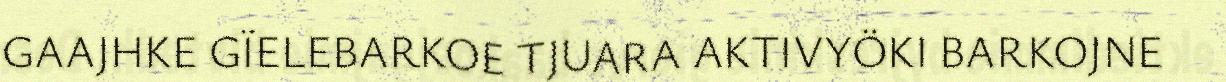
GAAJHKE GÏELEBARKOE TJUARA AKTIVYÖKI BARKOJNE